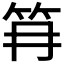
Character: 𰩱